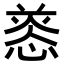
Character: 𢝑